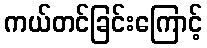
ကယ်တင်ခြင်းကြောင့်